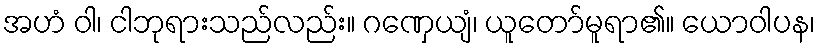
အဟံ ဝါ၊ ငါဘုရားသည်လည်း။ ဂဏှေယျံ၊ ယူတော်မူရာ၏။ ယောဝါပန၊